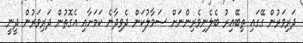
ދަރިވަރުން ގޭގައި ތިބޭއިރު ބެލެނިވެރިންނަށް ސަމާލުކަން ދެވިދާނެ ކަމަށާއި އެގޮތުން ދަރިވަރުން ދީނީ